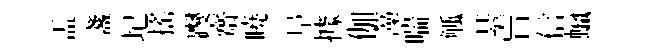
盂盞圮搖躞齋曉阜據伽藻喘觚䑓盲信蠟